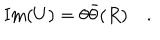
LaTeX: \mathrm { I m } ( U ) = \theta \bar { \theta } ( R ) \quad .